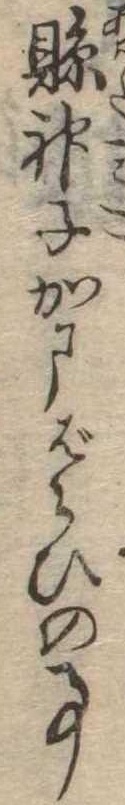
県神子かまばらひの事